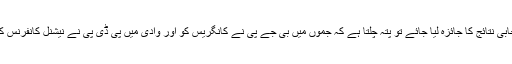
کل ملاکر ان انتخابی نتائج کا جائزہ لیا جائے تو پتہ چلتا ہے کہ جموں میں بی جے پی نے کانگریس کو اور وادی میں پی ڈی پی نے نیشنل کانفرنس کو دھول چٹوائی ۔